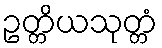
ဥတ္တိယသုတ္တံ